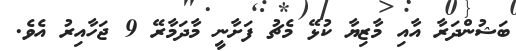
ބަޝުންދަރާ އާއި މާޒިޔާ ކުޅޭ މެޗު ފަށާނީ މާދަމާރޭ 9 ޖަހާއިރު އެވެ.